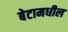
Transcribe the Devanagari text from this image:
बेटामधील